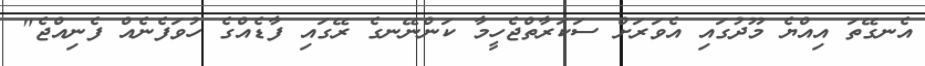
އެނގޭތަ އިއްޔެ މޫދުގައި އެވަރަށް ސަކަރާތްޖެހީމާ ކަންނޭނގެ ރޭގައި ފާޑެއްގެ ހުވަފެނެއް ފެނިއްޖެ"